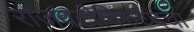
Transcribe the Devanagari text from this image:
राजवटीविरुध्दचा